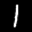
Label: 1